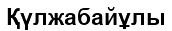
Қүлжабайұлы